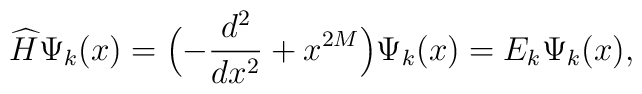
\widehat{H} \Psi_k(x)=\Bigl( -\frac{d^2}{dx^2} + x^{2M} \Bigr ) \Psi_k(x)= E_k \Psi_k(x),